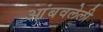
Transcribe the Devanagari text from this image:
आंबवलेली